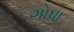
ગોધા